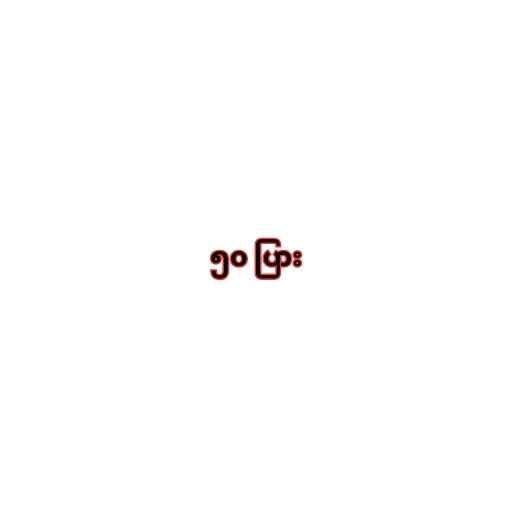
၅၀ ပြား